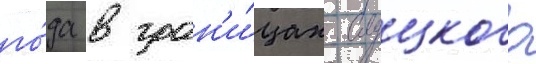
го́да в гран'и́цах слуцкого